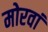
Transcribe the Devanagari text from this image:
मोरवां